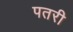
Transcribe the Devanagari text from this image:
पतरी